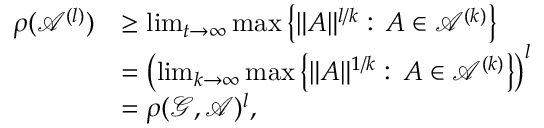
\begin{array} { r l } { \rho ( \mathcal { A } ^ { ( l ) } ) } & { \geq \operatorname* { l i m } _ { t \to \infty } \operatorname* { m a x } \left\{ \| A \| ^ { l / k } : \, A \in \mathcal { A } ^ { ( k ) } \right\} } \\ & { = \left( \operatorname* { l i m } _ { k \to \infty } \operatorname* { m a x } \left\{ \| A \| ^ { 1 / k } : \, A \in \mathcal { A } ^ { ( k ) } \right\} \right) ^ { l } } \\ & { = \rho ( \mathcal { G } , \mathcal { A } ) ^ { l } , } \end{array}